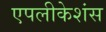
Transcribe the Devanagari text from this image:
एपलीकेशंस